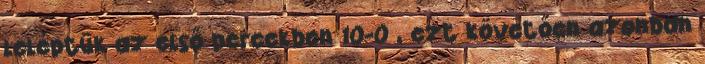
leléptük az első percekben 10-0 , ezt követően azonban